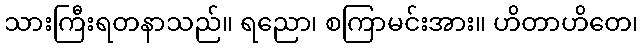
သားကြီးရတနာသည်။ ရညော၊ စကြာမင်းအား။ ဟိတာဟိတေ၊